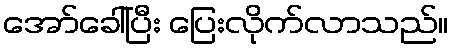
အော်ခေါ်ပြီး ပြေးလိုက်လာသည်။